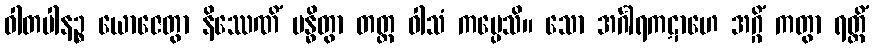
ဝါတပါနဉ္စ ယောဇေတွာ နိဿေဏိံ ဗန္ဓိတွာ တတ္ထ ဝါသံ ကပ္ပေသိ။ သော အင်္ဂါရကဋာဟေ အဂ္ဂိံ ကတွာ ရတ္တိံ